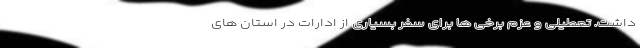
داشت. تعطیلی و عزم برخی ها برای سفر بسیاری از ادارات در استان های